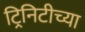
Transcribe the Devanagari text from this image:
ट्रिनिटीच्या